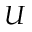
U